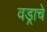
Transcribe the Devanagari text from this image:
वड्राचे